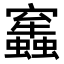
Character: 𧔂